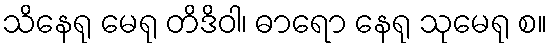
သိနေရု မေရု တိဒိဝါ၊ ဓာရော နေရု သုမေရု စ။